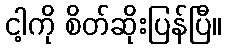
ငါ့ကို စိတ်ဆိုးပြန်ပြီ။